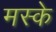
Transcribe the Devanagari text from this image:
मस्के